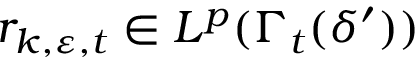
r _ { k , \ensuremath { \varepsilon } , t } \in L ^ { p } ( \Gamma _ { t } ( \delta ^ { \prime } ) )